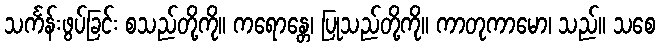
သင်္ကန်းဖွပ်ခြင်း စသည်တို့ကို။ ကရောန္တေ၊ ပြုသည်တို့ကို။ ကာတုကာမော၊ သည်။ သစေ